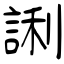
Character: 誗